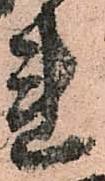
連